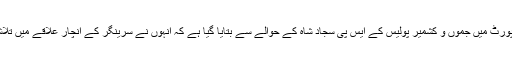
ایک بھارتی اخبار کی رپورٹ میں جموں و کشمیر پولیس کے ایس پی سجاد شاہ کے حوالے سے بتایا گیا ہے کہ انہوں نے سرینگر کے انچار علاقے میں تلاشی کی کاروائی کی تھی۔